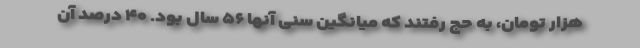
هزار تومان، به حج رفتند که میانگین سنی آنها ۵۶ سال بود. ۴۰ درصد آن